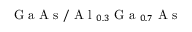
\mathrm { ~ G ~ a ~ A ~ s ~ } / \mathrm { ~ A ~ l ~ } _ { 0 . 3 } \mathrm { ~ G ~ a ~ } _ { 0 . 7 } \mathrm { ~ A ~ s ~ }